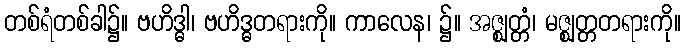
တစ်ရံတစ်ခါ၌။ ဗဟိဒ္ဓါ၊ ဗဟိဒ္ဓတရားကို။ ကာလေန၊ ၌။ အဇ္ဈတ္တံ၊ မဇ္ဈတ္တတရားကို။